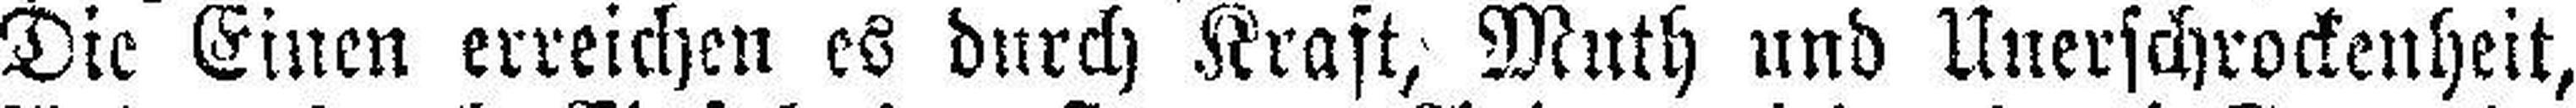
Die Einen erreichen es durch Kraft, Muth und Unerschrockenheit,